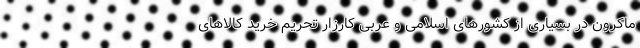
ماکرون در بسیاری از کشورهای اسلامی و عربی کارزار تحریم خرید کالاهای